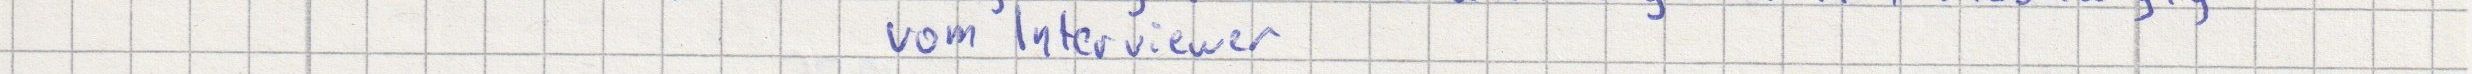
vom Interviewer